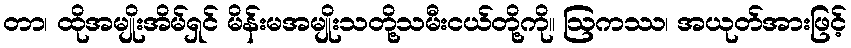
တာ၊ ထိုအမျိုးအိမ်ရှင် မိန်းမအမျိုးသတို့သမီးငယ်တို့ကို။ ဩကဿ၊ အယုတ်အားဖြင့်